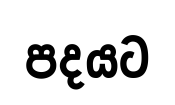
පදයට